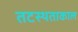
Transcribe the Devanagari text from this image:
तटस्थताकाल